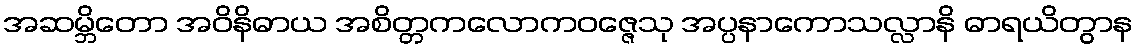
အဆမ္ဘိတော အဝိနိဓာယ အစိတ္တကလောကဝဇ္ဇေသု အပ္ပနာကောသလ္လာနိ ဓာရယိတွာန